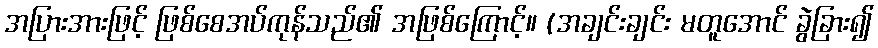
အပြားအားဖြင့် ဖြစ်စေအပ်ကုန်သည်၏ အဖြစ်ကြောင့်။ (အချင်းချင်း မတူအောင် ခွဲခြား၍